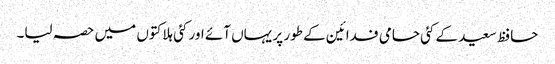
حافظ سعید کے کئی حامی فدائین کے طور پر یہاں آئے اور کئی ہلاکتوں میں حصہ لیا۔